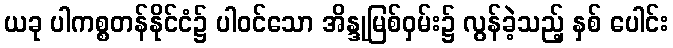
ယခု ပါကစ္စတန်နိုင်ငံ၌ ပါဝင်သော အိန္ဒုမြစ်ဝှမ်း၌ လွန်ခဲ့သည့် နှစ် ပေါင်း